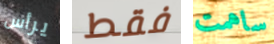
يرأس فقط ساهمت